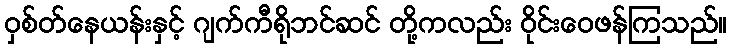
ဝှစ်တ်နေယန်းနှင့် ဂျက်ကီရိုဘင်ဆင် တို့ကလည်း ဝိုင်းဝေဖန်ကြသည်။